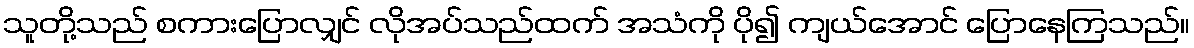
သူတို့သည် စကားပြောလျှင် လိုအပ်သည်ထက် အသံကို ပို၍ ကျယ်အောင် ပြောနေကြသည်။